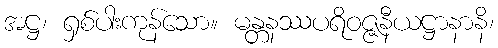
အဋ္ဌ၊ ရှစ်ပါးကုန်သော။ မန္တနဿပရိဝဇ္ဇနီယဋ္ဌာနာနိ၊